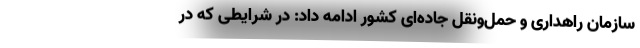
سازمان راهداری و حمل‌ونقل جاده‌ای کشور ادامه داد: در شرایطی که در